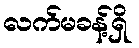
လက်မခန့်ရှိ